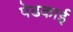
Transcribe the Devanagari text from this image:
पेढकाई